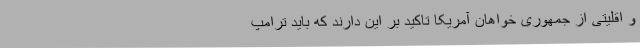
و اقلیتی از جمهوری خواهان آمریکا تاکید بر این دارند که باید ترامپ